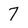
Character: 7